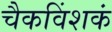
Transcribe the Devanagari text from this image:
चैकविंशकं